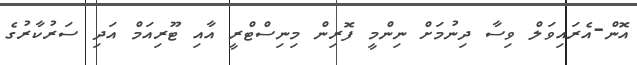
އޮން-އެރައިވަލް ވިސާ ދިނުމަށް ނިންމީ ފޮރިން މިނިސްޓްރީ އާއި ޓޫރިއަމް އަދި ސަރުކާރުގެ